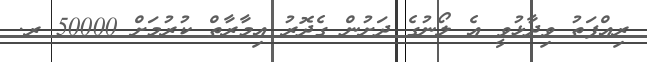
ރިއްފަތު ވިދާޅުވީ އެ ލޯނުގެ ދަށުން ގެދޮރު އިމާރާތް ކުރުމަށް 50000 ރ.